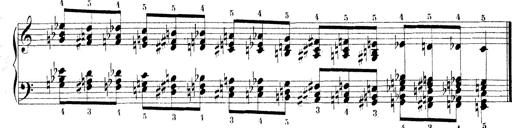
Title: Technische Studien
Composer: Franz Liszt